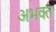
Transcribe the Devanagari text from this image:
अभक्‍त